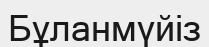
Бұланмүйіз